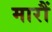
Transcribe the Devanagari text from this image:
मारौं